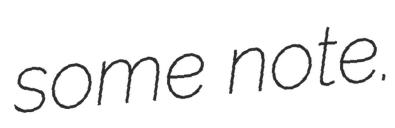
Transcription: some note.